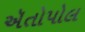
ઍતોપોલ